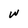
Character: w